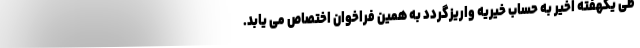
طی یکهفته اخیر به حساب خیریه واریزگردد به همین فراخوان اختصاص می یابد.